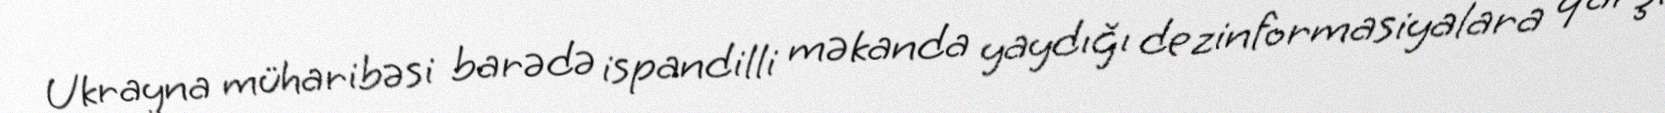
Ukrayna müharibəsi barədə ispandilli məkanda yaydığı dezinformasiyalara qarşı